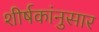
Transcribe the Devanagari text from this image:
शीर्षकांनुसार